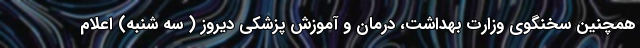
همچنین سخنگوی وزارت بهداشت، درمان و آموزش پزشکی دیروز ( سه شنبه) اعلام